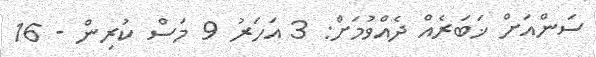
ސަންއަށް ޚަބަރެއް ދެއްވުމަށް: 3 އަހަރު 9 މަސް ކުރިން - 16